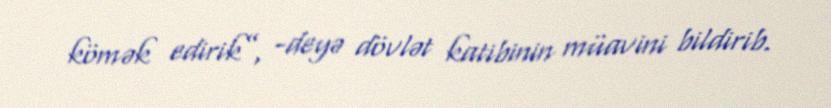
kömək edirik”, -deyə dövlət katibinin müavini bildirib.